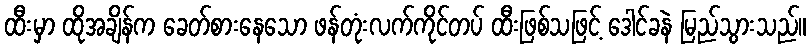
ထီးမှာ ထိုအချိန်က ခေတ်စားနေသော ဖန်တုံးလက်ကိုင်တပ် ထီးဖြစ်သဖြင့် ဒေါင်ခနဲ မြည်သွားသည်။